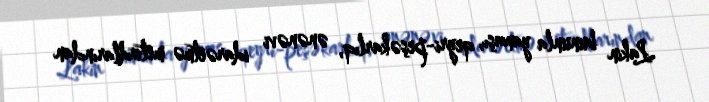
Lakin bununla yanaşı, qeyri-peşəkarlıq, ənənəvi idarəetmə metodlarından